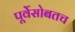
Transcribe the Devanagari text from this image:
पूर्वेसोबतच